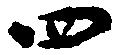
四